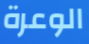
الوعرة